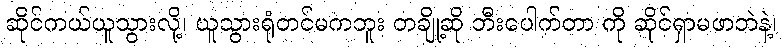
ဆိုင်ကယ်ယူသွားလို့၊ ယူသွားရုံတင်မကဘူး တချို့ဆို ဘီးပေါက်တာ ကို ဆိုင်ရှာမဖာဘဲနဲ့၊